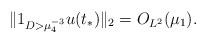
\begin{align*}\|1_{D>\mu_4^{-3}}u(t_*)\|_2=O_{L^2}(\mu_1).\end{align*}